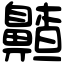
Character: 齄